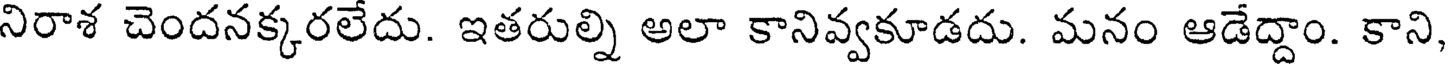
నిరాశ చెందనక్కరలేదు. ఇతరుల్ని అలా కానివ్వకూడదు. మనం ఆడేద్దాం. కాని